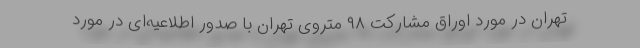
تهران در مورد اوراق مشارکت ۹۸ متروی تهران با صدور اطلاعیه‌ای در مورد